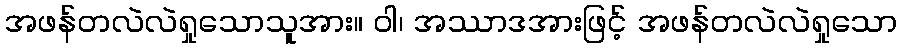
အဖန်တလဲလဲရှုသောသူအား။ ဝါ၊ အဿာဒအားဖြင့် အဖန်တလဲလဲရှုသော